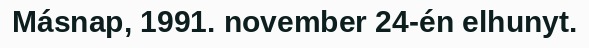
Másnap, 1991. november 24-én elhunyt.